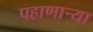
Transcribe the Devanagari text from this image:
पहाणार्‍या